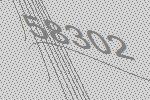
58302